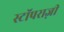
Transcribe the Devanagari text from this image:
स्टॉपराज़ी